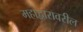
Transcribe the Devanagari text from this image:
महाद्वारावरील